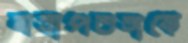
মহাপতঙ্গকে